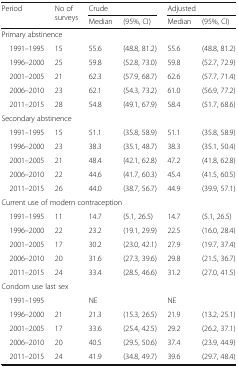
<table><thead><tr><td rowspan="2"><b>Period</b></td><td rowspan="2"><b>No of surveys</b></td><td colspan="2"><b>Crude</b></td><td colspan="2"><b>Adjusted</b></td></tr><tr><td><b>Median</b></td><td><b>(95%, CI)</b></td><td><b>Median</b></td><td><b>(95%, CI)</b></td></tr></thead><tbody><tr><td colspan="6">Primary abstinence</td></tr><tr><td> 1991–1995</td><td>15</td><td>55.6</td><td>(48.8, 81.2)</td><td>55.6</td><td>(48.8, 81.2)</td></tr><tr><td> 1996–2000</td><td>25</td><td>59.8</td><td>(52.8, 73.0)</td><td>59.8</td><td>(52.7, 72.9)</td></tr><tr><td> 2001–2005</td><td>21</td><td>62.3</td><td>(57.9, 68.7)</td><td>62.6</td><td>(57.7, 71.4)</td></tr><tr><td> 2006–2010</td><td>23</td><td>62.1</td><td>(54.3, 73.2)</td><td>61.0</td><td>(56.9, 77.2)</td></tr><tr><td> 2011–2015</td><td>28</td><td>54.8</td><td>(49.1, 67.9)</td><td>58.4</td><td>(51.7, 68.6)</td></tr><tr><td colspan="6">Secondary abstinence</td></tr><tr><td> 1991–1995</td><td>15</td><td>51.1</td><td>(35.8, 58.9)</td><td>51.1</td><td>(35.8, 58.9)</td></tr><tr><td> 1996–2000</td><td>23</td><td>38.3</td><td>(35.1, 48.7)</td><td>38.3</td><td>(35.1, 50.4)</td></tr><tr><td> 2001–2005</td><td>21</td><td>48.4</td><td>(42.1, 62.8)</td><td>47.2</td><td>(41.8, 62.8)</td></tr><tr><td> 2006–2010</td><td>22</td><td>44.6</td><td>(41.7, 60.3)</td><td>45.4</td><td>(41.5, 60.5)</td></tr><tr><td> 2011–2015</td><td>26</td><td>44.0</td><td>(38.7, 56.7)</td><td>44.9</td><td>(39.9, 57.1)</td></tr><tr><td colspan="6">Current use of modern contraception</td></tr><tr><td> 1991–1995</td><td>11</td><td>14.7</td><td>(5.1, 26.5)</td><td>14.7</td><td>(5.1, 26.5)</td></tr><tr><td> 1996–2000</td><td>22</td><td>23.2</td><td>(19.1, 29.9)</td><td>22.5</td><td>(16.0, 28.4)</td></tr><tr><td> 2001–2005</td><td>17</td><td>30.2</td><td>(23.0, 42.1)</td><td>27.9</td><td>(19.7, 37.4)</td></tr><tr><td> 2006–2010</td><td>20</td><td>31.6</td><td>(27.3, 39.6)</td><td>29.8</td><td>(21.5, 36.7)</td></tr><tr><td> 2011–2015</td><td>24</td><td>33.4</td><td>(28.5, 46.6)</td><td>31.2</td><td>(27.0, 41.5)</td></tr><tr><td colspan="6">Condom use last sex</td></tr><tr><td> 1991–1995</td><td></td><td>NE</td><td></td><td>NE</td><td></td></tr><tr><td> 1996–2000</td><td>21</td><td>21.3</td><td>(15.3, 26.5)</td><td>21.9</td><td>(13.2, 25.1)</td></tr><tr><td> 2001–2005</td><td>17</td><td>33.6</td><td>(25.4, 42.5)</td><td>29.2</td><td>(26.2, 37.1)</td></tr><tr><td> 2006–2010</td><td>20</td><td>40.5</td><td>(29.5, 50.6)</td><td>37.4</td><td>(23.9, 44.9)</td></tr><tr><td> 2011–2015</td><td>24</td><td>41.9</td><td>(34.8, 49.7)</td><td>39.6</td><td>(29.7, 48.4)</td></tr></tbody></table>